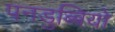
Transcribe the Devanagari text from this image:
पनडुब्बियो